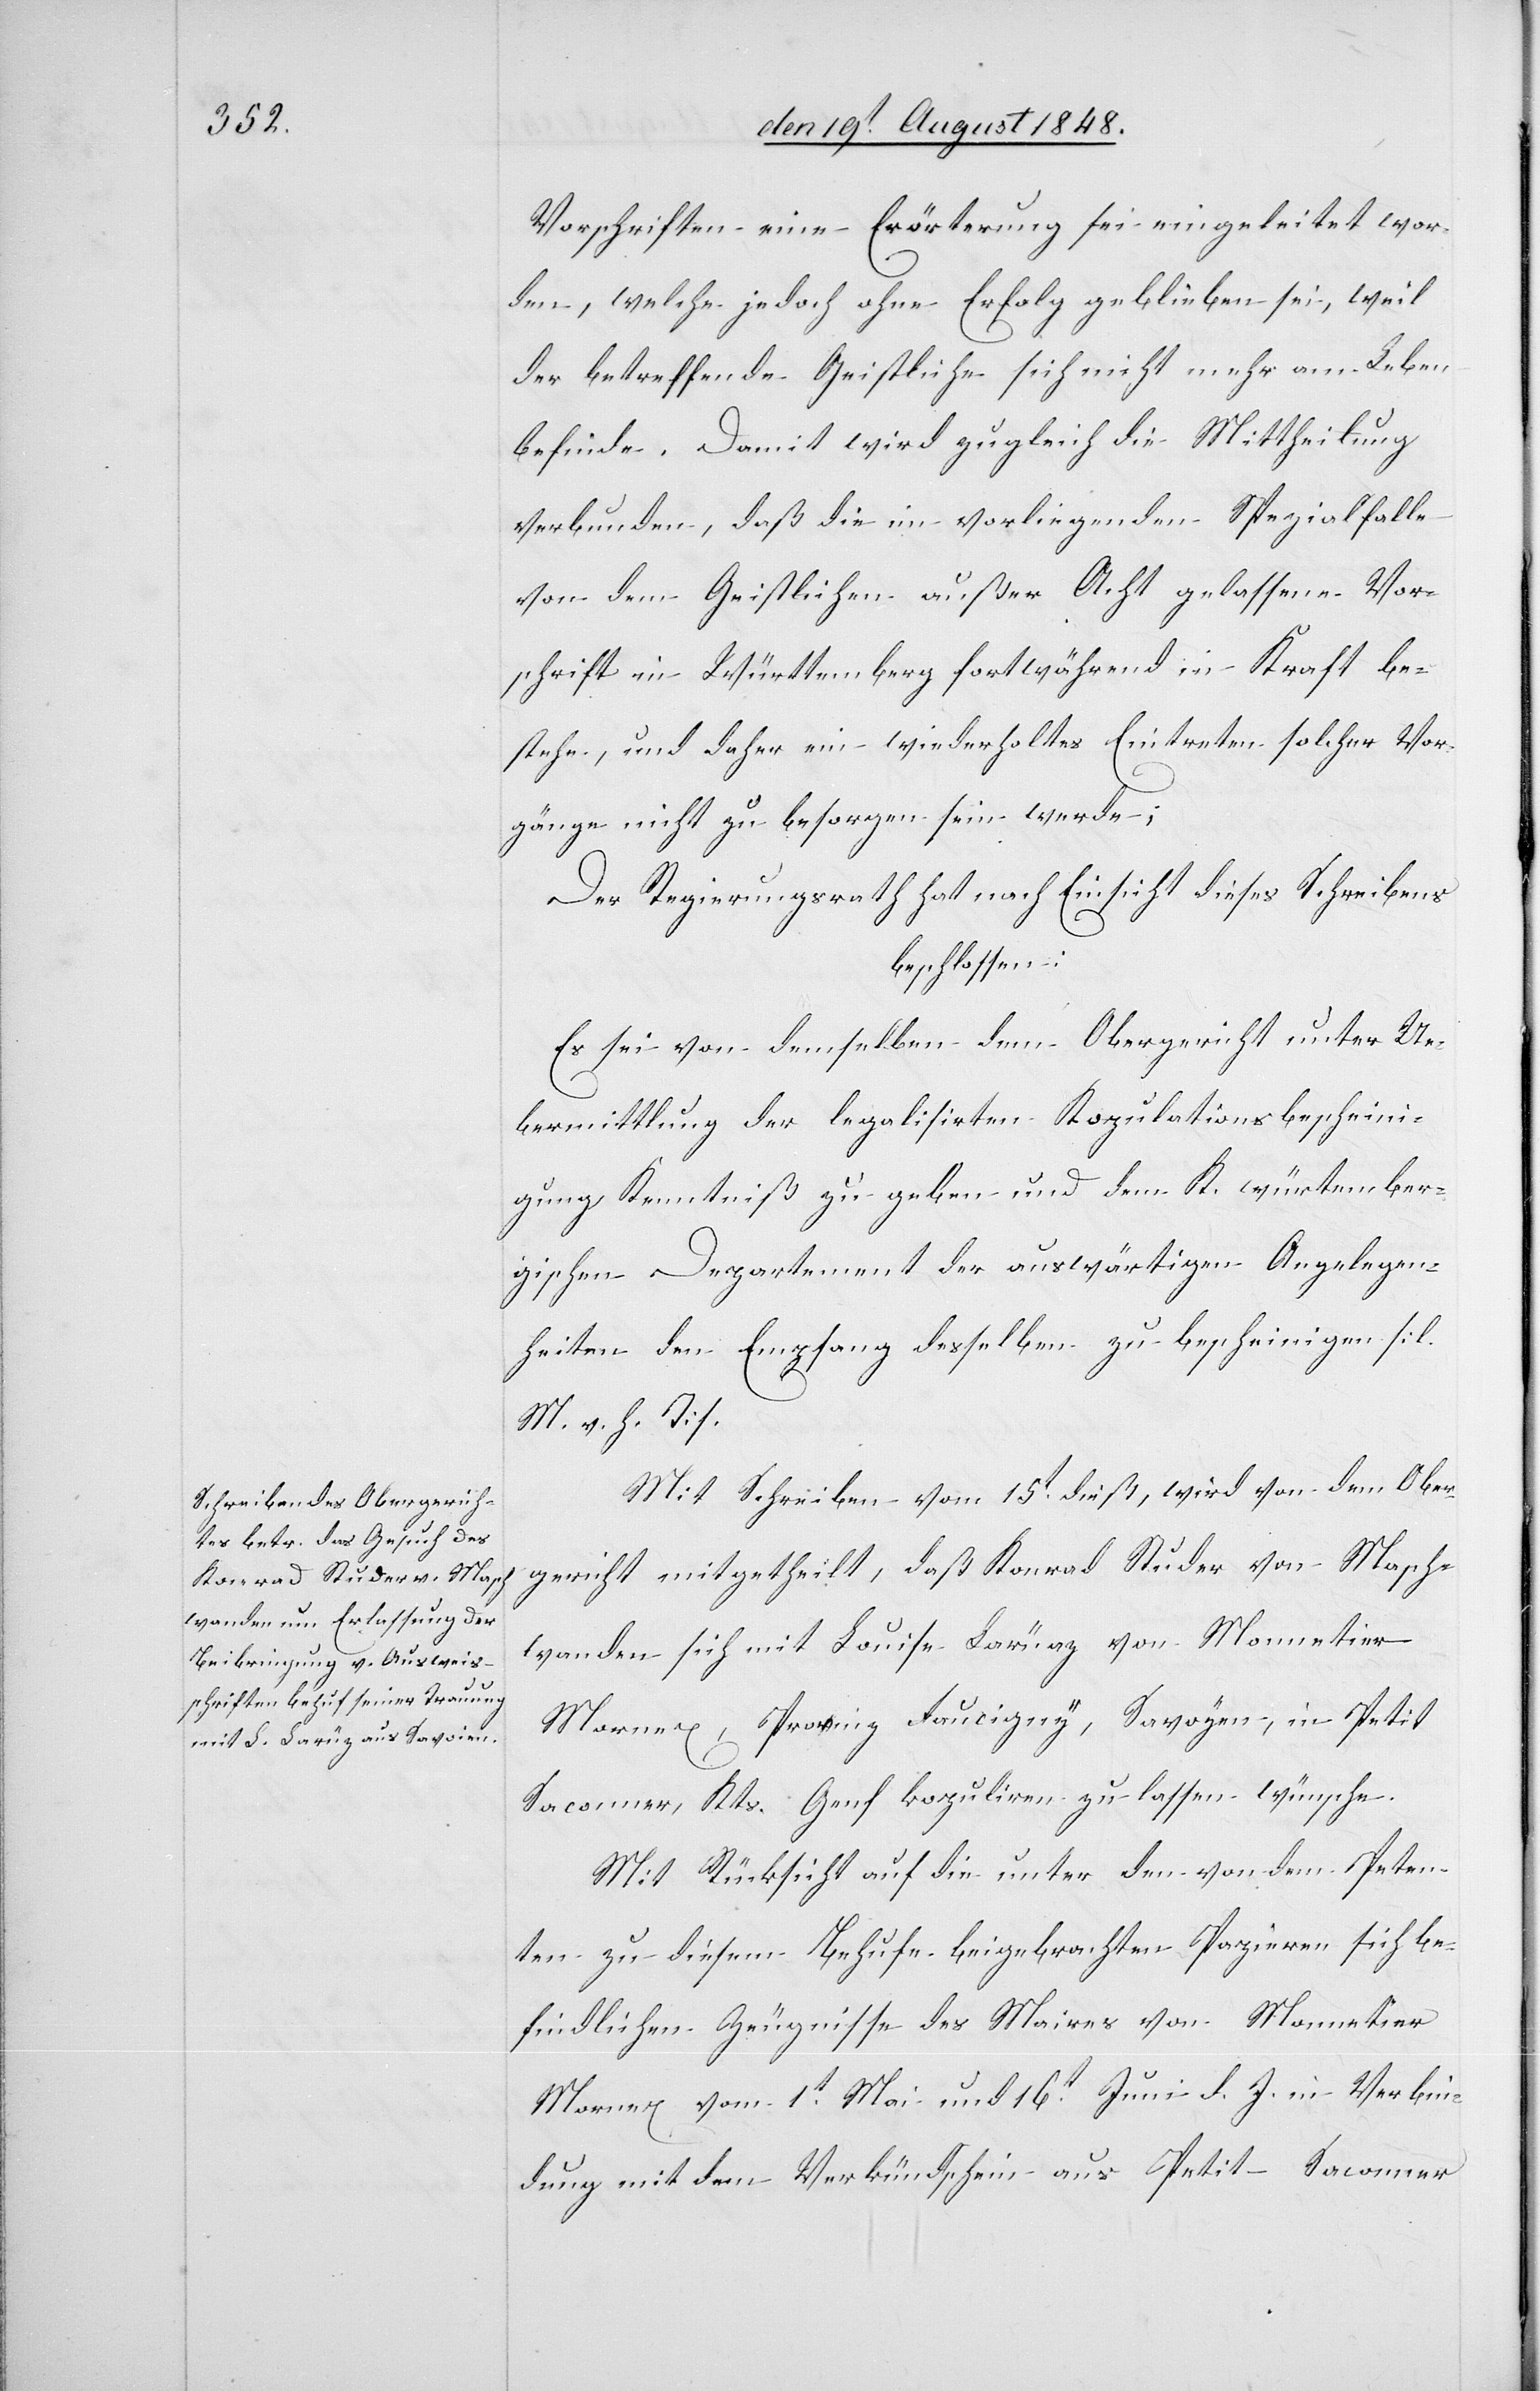
Vorschriften eine Erörterung sei eingeleitet wor¬
den, welche jedoch ohne Erfolg geblieben sei, weil
der betreffende Geistliche sich nicht mehr am Leben
befinde. Damit wird zugleich die Mittheilung
verbunden, daß die im vorliegenden Spezialfalle
von dem Geistlichen außer Acht gelassene Vor¬
schrift in Württemberg fortwährend in Kraft be¬
stehe, und daher ein wiederholtes Eintreten solcher Vor¬
gänge nicht zu besorgen sein werde;
Der Regierungsrath hat nach Einsicht dieses Schreibens
beschlossen:
Es sei von demselben dem Obergericht unter Ue¬
bermittlung der legalisirten Kopulationsbescheini¬
gung Kenntniß zu geben und dem K. würtember¬
gischen Departement der auswärtigen Angelegen¬
heiten den Empfang desselben zu bescheinigen. [l.
M. v. h. T]
Mit Schreiben vom 15t dieß, wird von dem Ober¬
gericht mitgetheilt, daß Konrad Studer von Masch¬
wanden sich mit Louise Larüaz [sic!] von Monnetier
Mornex, Provinz Faucigny, Savoyen, in Petit
Saconner, Kts. Genf kopuliren zu lassen wünsche.
Mit Rücksicht auf die unter den von dem Peten¬
ten zu diesem Behufe beigebrachten Papieren sich be¬
findlichen Zeugnisse des Maires von Monnetier
Mornex vom 1t Mai und 16t Juni d. J. in Verbin¬
dung mit dem Verkündschein aus Petit Saconner